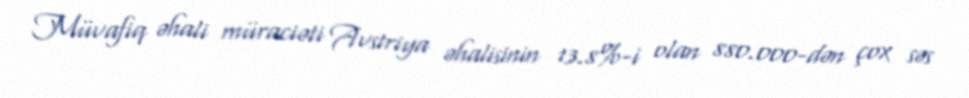
Müvafiq əhali müraciəti Avstriya əhalisinin 13.8%-i olan 880.000-dən çox səs